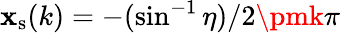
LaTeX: \mathbf{x}_{\mathrm{{s}}}(k)=-(\sin^{-1}\eta)/2\pmk\pi